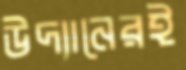
উদ্যানেরই